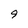
Character: 9